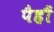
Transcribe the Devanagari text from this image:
पैहौं